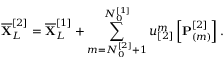
\overline { { \mathbf { X } } } _ { L } ^ { [ 2 ] } = \overline { { \mathbf { X } } } _ { L } ^ { [ 1 ] } + \sum _ { m = N _ { 0 } ^ { [ 2 ] } + 1 } ^ { N _ { 0 } ^ { [ 1 ] } } u _ { [ 2 ] } ^ { m } \left[ \mathbf { P } _ { ( m ) } ^ { [ 2 ] } \right] .